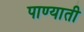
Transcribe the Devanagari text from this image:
पाण्याती